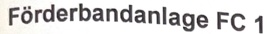
Text: Förderbandanlage FC 1